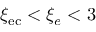
\xi _ { \mathrm { { e c } } } < \xi _ { e } < 3